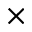
\times